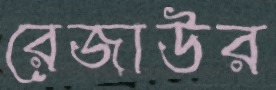
রেজাউর